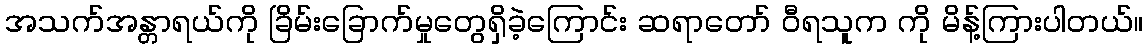
အသက်အန္တာရယ်ကို ခြိမ်းခြောက်မှုတွေရှိခဲ့ကြောင်း ဆရာတော် ဝီရသူက ကို မိန့်ကြားပါတယ်။